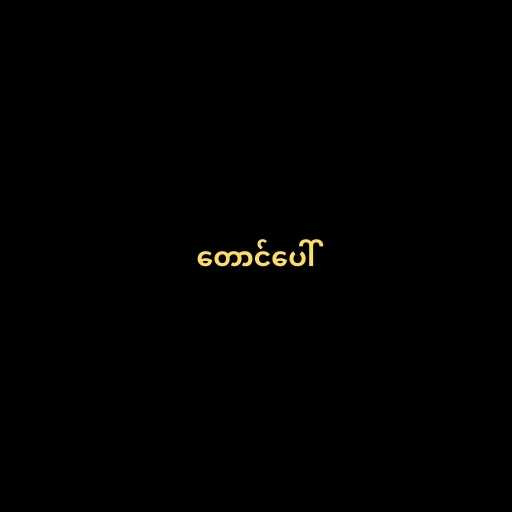
တောင်ပေါ်